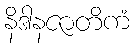
နိဒါနဇာတိကံ